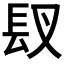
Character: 𮣸